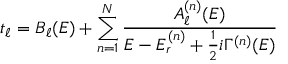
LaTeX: t _ { \ell } = B _ { \ell } ( E ) + \sum _ { n = 1 } ^ { N } { \frac { A _ { \ell } ^ { ( n ) } ( E ) } { E - E _ { r } ^ { ( n ) } + { \frac { 1 } { 2 } } i \Gamma ^ { ( n ) } ( E ) } }